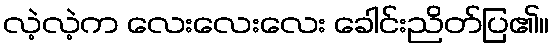
လဲ့လဲ့က လေးလေးလေး ခေါင်းညိတ်ပြ၏။